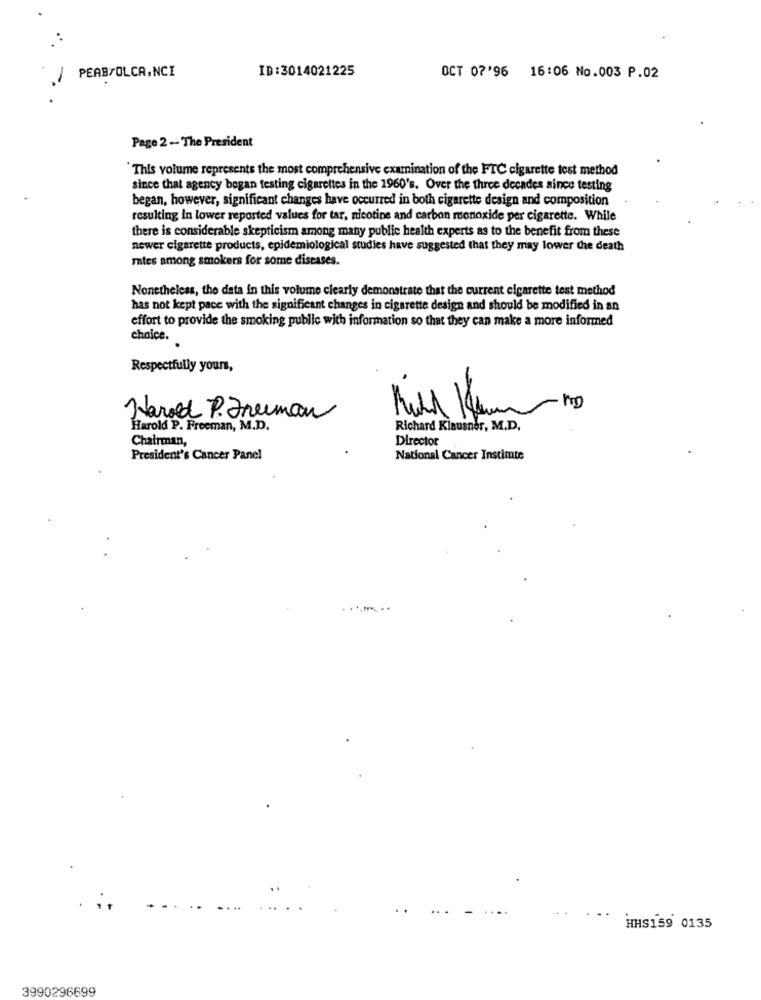
PEAB/OLCA,NCI
ID:3014021225
OCT 07'96 16:06 No.003 P.02
Page 2 -- The President
This volume represents the most comprehensive examination of the FTC cigarette test method
since that agency began testing cigarettes in the 1960's. Over the three decades since testing
began, however, significant changes have occurred in both cigarette design and composition
resulting in lower reported values for tar, nicotine and carbon monoxide per cigarette. While
there is considerable skepticism among many public health experts as to the benefit from these
newer cigarette products, epidemiological studies have suggested that they may lower the death
rates among smokers for some diseases.
Nonetheless, the data in this volume clearly demonstrate that the current cigarette test method
has not kept pace with the significant changes in cigarette design and should be modified in an
effort to provide the smoking public with information so that they can make a more informed
choice.
Respectfully yours,
Harold P. Freeman
Harold P. Freeman, M.D.
Richard Klausner, M.D,
Chairman,
Director
President's Cancer Panel
National Cancer Instimte
HHS159 0135
3990296699